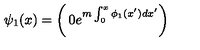
\psi _ { 1 } ( x ) = \left( \begin{matrix} { 0 } \\ { e ^ { m \int _ { 0 } ^ { x } \phi _ { 1 } ( x ^ { \prime } ) d x ^ { \prime } } } \\ \end{matrix} \right)